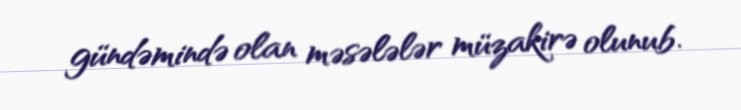
gündəmində olan məsələlər müzakirə olunub.